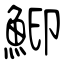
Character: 鮣